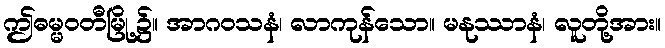
ဤဓမ္မဝတီမြို့၌။ အာဂဝသနံ၊ လာကုန်သော။ မနုဿာနံ၊ လူတို့အား။